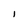
Character: l